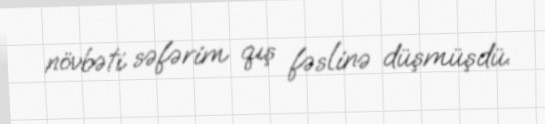
növbəti səfərim qış fəslinə düşmüşdü.